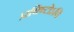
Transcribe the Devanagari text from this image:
प्रविष्टोऽपि